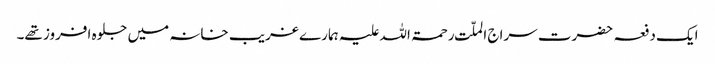
ایک دفعہ حضرت سراج الملّت رحمۃ اللہ علیہ ہمارے غریب خانہ میں جلوہ افروز تھے۔